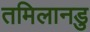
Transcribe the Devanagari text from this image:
तमिलानडु